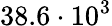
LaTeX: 38.6\cdot 10^{3}